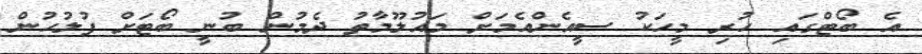
އެ ބޯޓްގައި ހުރި މީހަކު ސީއެންއެމަށް މައުލޫމާތު ދެމުން ބުނީ ބޯޓަށް ފުލުހުން